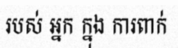
របស់ អ្នក ក្នុង ការពាក់